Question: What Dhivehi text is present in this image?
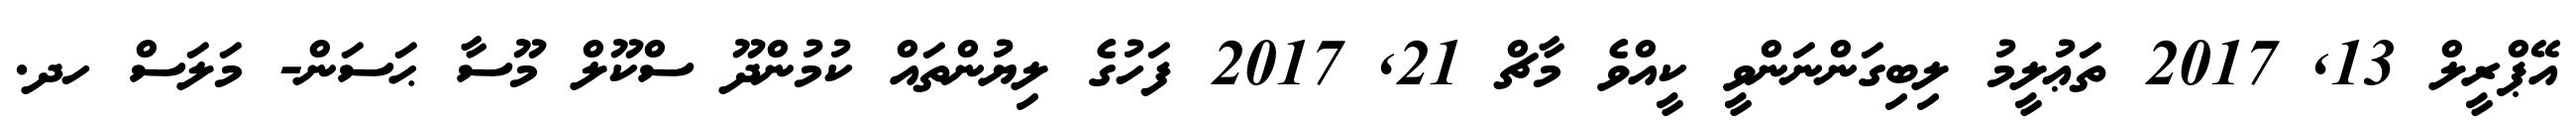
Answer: އޭޕްރީލް 13, 2017 ތަޢުލީމު ލިބިގަންނަންވީ ކީއްވެ މާޗް 21, 2017 ފަހުގެ ލިޔުންތައް ކުމުންދޫ ސްކޫލް މޫސާ ޙަސަން- މަލަސް ހދ.